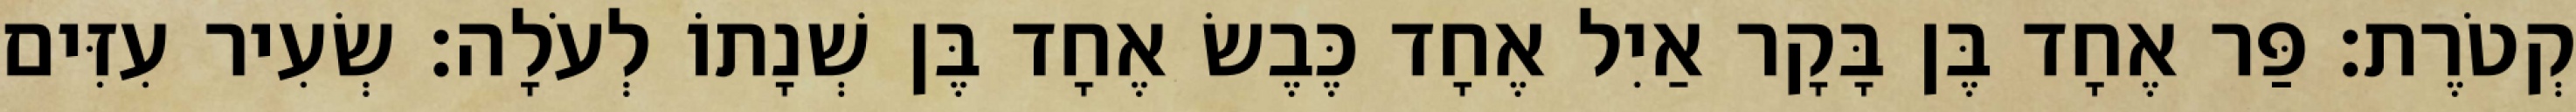
קְטֹרֶת׃ פַּר אֶחָד בֶּן בָּקָר אַיִל אֶחָד כֶּבֶשׂ אֶחָד בֶּן שְׁנָתוֹ לְעֹלָה׃ שְׂעִיר עִזִּים